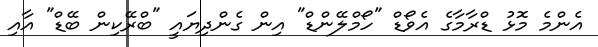
އެންމެ މޮޅު ޑްރާމާގެ އެވޯޑް "ހޯމްލޭންޑް" އިން ގެންދިޔައީ "ބްރޭކިން ބޭޑް" އާއި